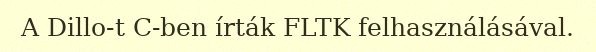
A Dillo-t C-ben írták FLTK felhasználásával.